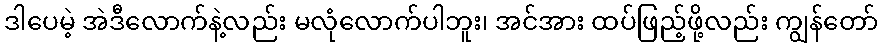
ဒါပေမဲ့ အဲဒီလောက်နဲ့လည်း မလုံလောက်ပါဘူး၊ အင်အား ထပ်ဖြည့်ဖို့လည်း ကျွန်တော်